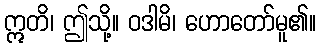
ဣတိ၊ ဤသို့။ ဝဒါမိ၊ ဟောတော်မူ၏။